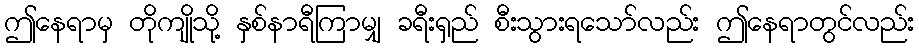
ဤနေရာမှ တိုကျိုသို့ နှစ်နာရီကြာမျှ ခရီးရှည် စီးသွားရသော်လည်း ဤနေရာတွင်လည်း